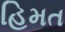
હિમત